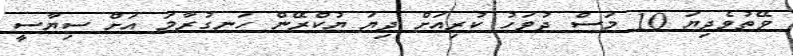
ވޭތުވެދިޔަ 10 މަސް ދުވަހު ކުރިއަށް ދިޔަ ޔުކްރޭން ހަނގުރާމަ އަށް ސިޔާސީ